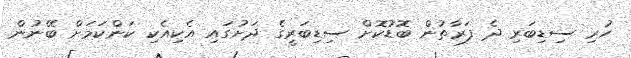
ހުރި ސިޑިބަރި ދެ ފަރާތުން ބޮޑުކޮށް ސިޑިބަރީގެ ދަށުގައި އެކިއެކި ކަންކަމަށް ބޭނުން